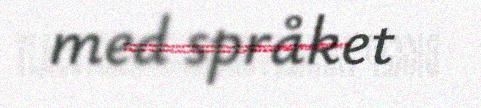
med språket